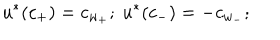
u ^ { * } ( c _ { + } ) = c _ { w _ { + } } ; \ u ^ { * } ( c _ { - } ) = - c _ { w _ { - } } ;